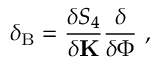
\delta _ { \mathrm { B } } = \frac { \delta S _ { 4 } } { \delta { \bf K } } \frac { \delta } { \delta \Phi } \ ,